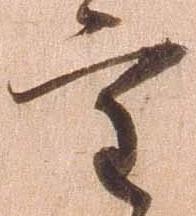
審